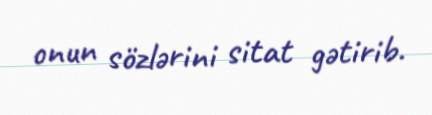
onun sözlərini sitat gətirib.